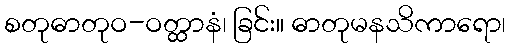
စတုဓာတုဝ-ဝတ္ထာနံ၊ ခြင်း။ ဓာတုမနသိကာရော၊